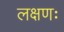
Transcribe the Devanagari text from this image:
लक्षणः